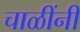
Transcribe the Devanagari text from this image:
चाळींनी